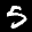
Label: 5